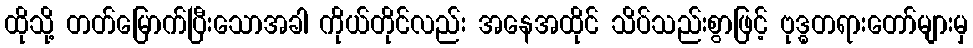
ထိုသို့ တတ်မြောက်ပြီးသောအခါ ကိုယ်တိုင်လည်း အနေအထိုင် သိပ်သည်းစွာဖြင့် ဗုဒ္ဓတရားတော်များမှ